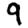
Digit: 9